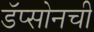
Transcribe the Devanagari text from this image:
डॅप्सोनची